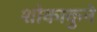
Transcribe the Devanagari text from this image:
शोकाकुने